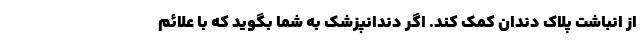
از انباشت پلاک دندان کمک کند. اگر دندانپزشک به شما بگوید که با علائم